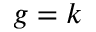
g = k